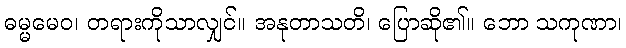
ဓမ္မမေဝ၊ တရားကိုသာလျှင်။ အနုတာသတိ၊ ပြောဆို၏။ ဘော သကုဏာ၊